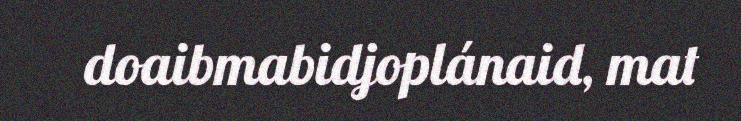
doaibmabidjoplánaid, mat